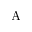
\mathrm { A }